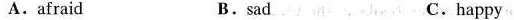
A.afraid B.sad c.happy